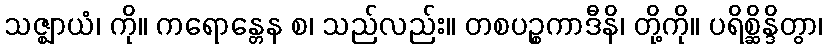
သဇ္ဈာယံ၊ ကို။ ကရောန္တေန စ၊ သည်လည်း။ တစပဉ္စကာဒီနိ၊ တို့ကို။ ပရိစ္ဆိန္ဒိတွာ၊